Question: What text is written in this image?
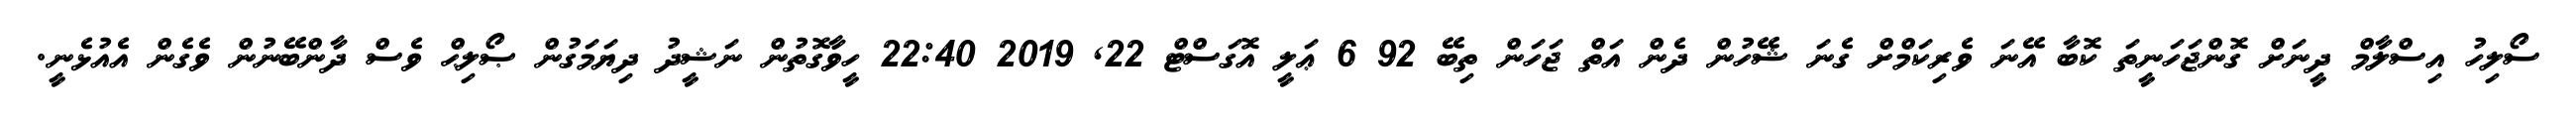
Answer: ސޯލިހު އިސްލާމް ދީނަށް ގޮންޖަހަނީތަ ކޮބާ އޭނަ ވެރިކަމްށް ގެނަ ޝޭހުން ދެން އަތް ޖަހަން ތިބޭ 92 6 ޢަލީ އޮގަސްޓް 22, 2019 22:40 ހީވާގޮތުން ނަޝީދު ދިޔަމަގުން ޞޯލިޙް ވެސް ދާންބޭނުން ވެގެން އެއުޅެނީ.